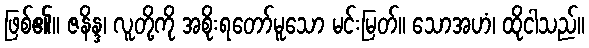
ဖြစ်၏။ ဇနိန္ဒ၊ လူတို့ကို အစိုးရတော်မူသော မင်းမြတ်။ သောအဟံ၊ ထိုငါသည်။